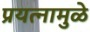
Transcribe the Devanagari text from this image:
प्रयत्‍नामुळे